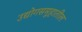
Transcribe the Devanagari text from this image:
उद्योगसमूहातील